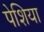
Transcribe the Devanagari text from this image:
पेशिया